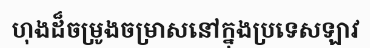
ហុងដ៏ចម្រូងចម្រាសនៅក្នុងប្រទេសឡាវ